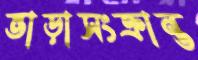
ভাড়াসংক্রান্ত